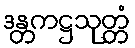
ဒန္တကဋ္ဌသုတ္တံ